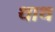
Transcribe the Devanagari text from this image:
थाथ